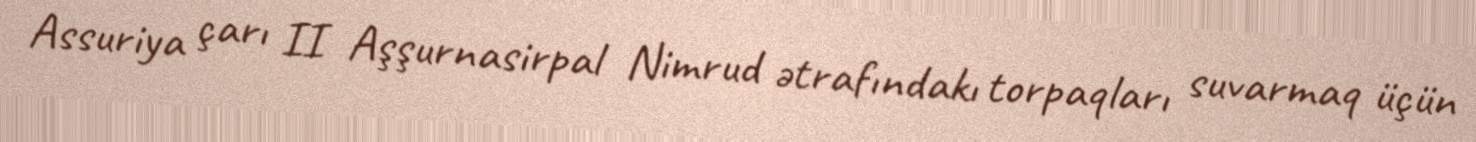
Assuriya çarı II Aşşurnasirpal Nimrud ətrafındakı torpaqları suvarmaq üçün